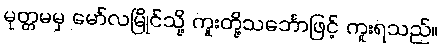
မုတ္တမမှ မော်လမြိုင်သို့ ကူးတို့သင်္ဘောဖြင့် ကူးရသည်။